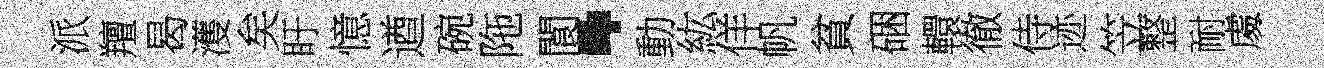
派羶曷濩矣盱憶遒碗陁閬·動紘佯帆貧硱轘徹侍迹笠整耐䖏